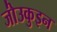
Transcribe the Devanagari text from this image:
जो॑उकुइन